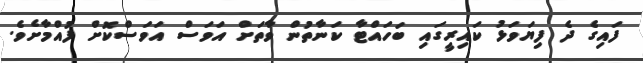
ފައިގެ ދެ ފިޔަވަޅު ކައިރީގައި ބަހައްޓާ ކަނާތުން ވާތަށް އަވަސް އަވަސްކޮށް ފުއްމާށެވެ.